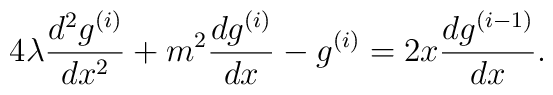
4\lambda\frac{d^2g^{(i)}}{dx^2}+m^2\frac{dg^{(i)}}{dx}-g^{(i)}=2x\frac{dg^{(i-1)}}{dx}.